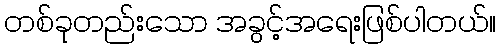
တစ်ခုတည်းသော အခွင့်အရေးဖြစ်ပါတယ်။